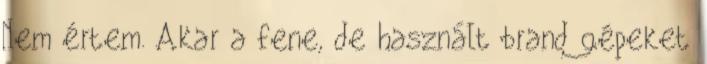
Nem értem. Akar a fene, de használt brand gépeket